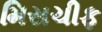
મિસચીફ